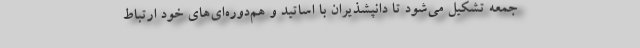
جمعه تشکیل می‌شود تا دانپشذیران با اساتید و هم‌دوره‌ای‌های خود ارتباط